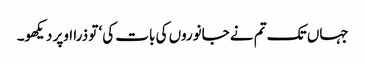
جہاں تک تم نے جانوروں کی بات کی‘ تو ذرا اوپر دیکھو۔